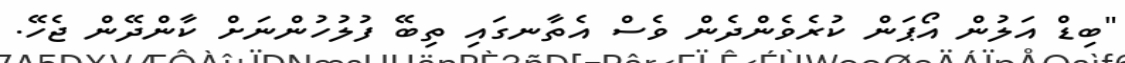
"ބިޑް އަލުން އޯޕަން ކުރެވެންދެން ވެސް އެތާނގައި ތިބޭ ފުލުހުންނަށް ކާންދޭން ޖެހޭ.